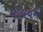
મોલયની